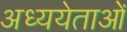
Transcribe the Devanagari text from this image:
अध्ययेताओं